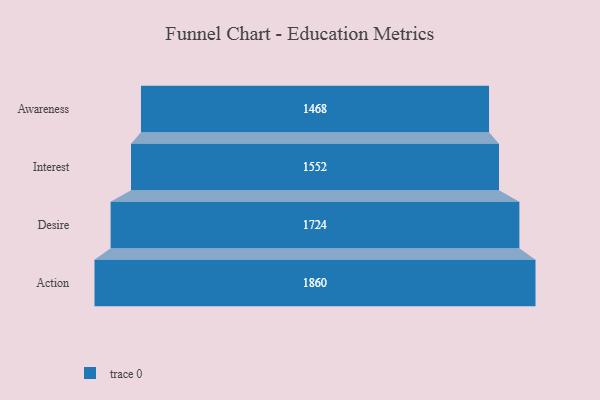
{"axis": {"x": "Stage", "y": "Value"}, "legend": [""], "data": [{"x": "Awareness", "y": 1468.0, "type": ""}, {"x": "Interest", "y": 1552.0, "type": ""}, {"x": "Desire", "y": 1724.0, "type": ""}, {"x": "Action", "y": 1860.0, "type": ""}]}